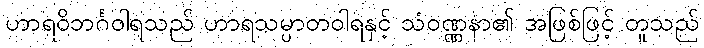
ဟာရဝိဘင်္ဂဝါရသည် ဟာရသမ္ပာတဝါရနှင့် သံဝဏ္ဏနာ၏ အဖြစ်ဖြင့် တူသည်